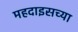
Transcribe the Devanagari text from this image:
महदाइसच्या